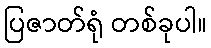
ပြဇာတ်ရုံ တစ်ခုပါ။